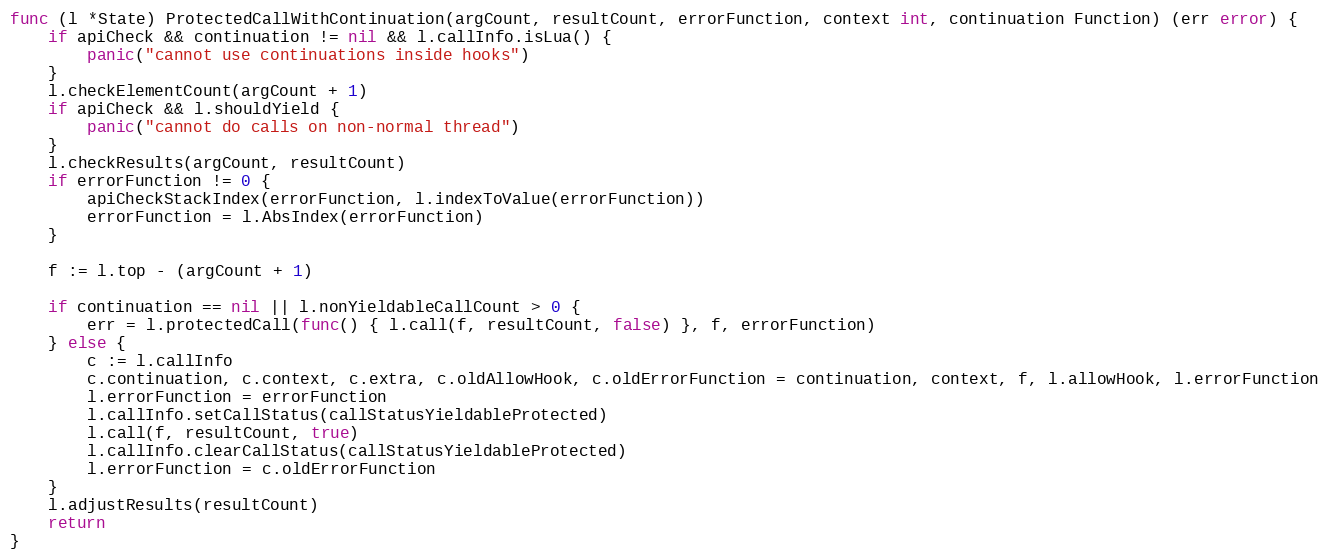
Language: Go
func (l *State) ProtectedCallWithContinuation(argCount, resultCount, errorFunction, context int, continuation Function) (err error) {
	if apiCheck && continuation != nil && l.callInfo.isLua() {
		panic("cannot use continuations inside hooks")
	}
	l.checkElementCount(argCount + 1)
	if apiCheck && l.shouldYield {
		panic("cannot do calls on non-normal thread")
	}
	l.checkResults(argCount, resultCount)
	if errorFunction != 0 {
		apiCheckStackIndex(errorFunction, l.indexToValue(errorFunction))
		errorFunction = l.AbsIndex(errorFunction)
	}

	f := l.top - (argCount + 1)

	if continuation == nil || l.nonYieldableCallCount > 0 {
		err = l.protectedCall(func() { l.call(f, resultCount, false) }, f, errorFunction)
	} else {
		c := l.callInfo
		c.continuation, c.context, c.extra, c.oldAllowHook, c.oldErrorFunction = continuation, context, f, l.allowHook, l.errorFunction
		l.errorFunction = errorFunction
		l.callInfo.setCallStatus(callStatusYieldableProtected)
		l.call(f, resultCount, true)
		l.callInfo.clearCallStatus(callStatusYieldableProtected)
		l.errorFunction = c.oldErrorFunction
	}
	l.adjustResults(resultCount)
	return
}